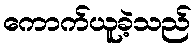
ကောက်ယူခဲ့သည်